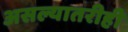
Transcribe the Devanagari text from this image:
असल्यातरीही